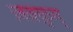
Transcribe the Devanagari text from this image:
ज़क़्क़ुम्